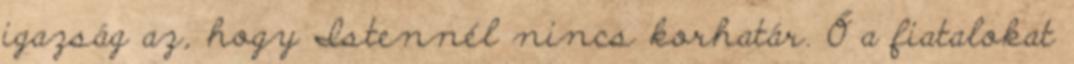
igazság az, hogy Istennél nincs korhatár. Ő a fiatalokat